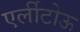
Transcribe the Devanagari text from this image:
एर्लीटोऊ